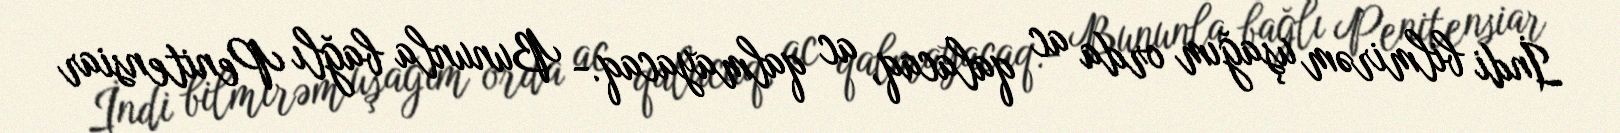
İndi bilmirəm uşağım orda ac qalacaq, ac qalmayacaq.- Bununla bağlı Penitensiar